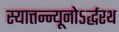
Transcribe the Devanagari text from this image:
स्यात्तन्न्यूनोऽर्द्धरथ